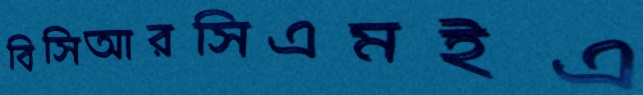
বিসিআরসিএমইএ